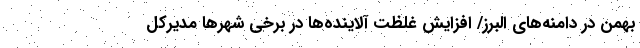
بهمن در دامنه‌های البرز/ افزایش غلظت آلاینده‌ها در برخی شهرها مدیرکل